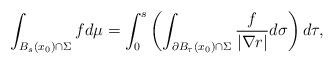
LaTeX: \begin{align*} \int_{B_s(x_0)\cap \Sigma} fd\mu=\int_0^s\left(\int_{\partial B_{\tau}(x_0)\cap \Sigma}\frac{f}{|\nabla r|}d\sigma\right)d\tau,\end{align*}